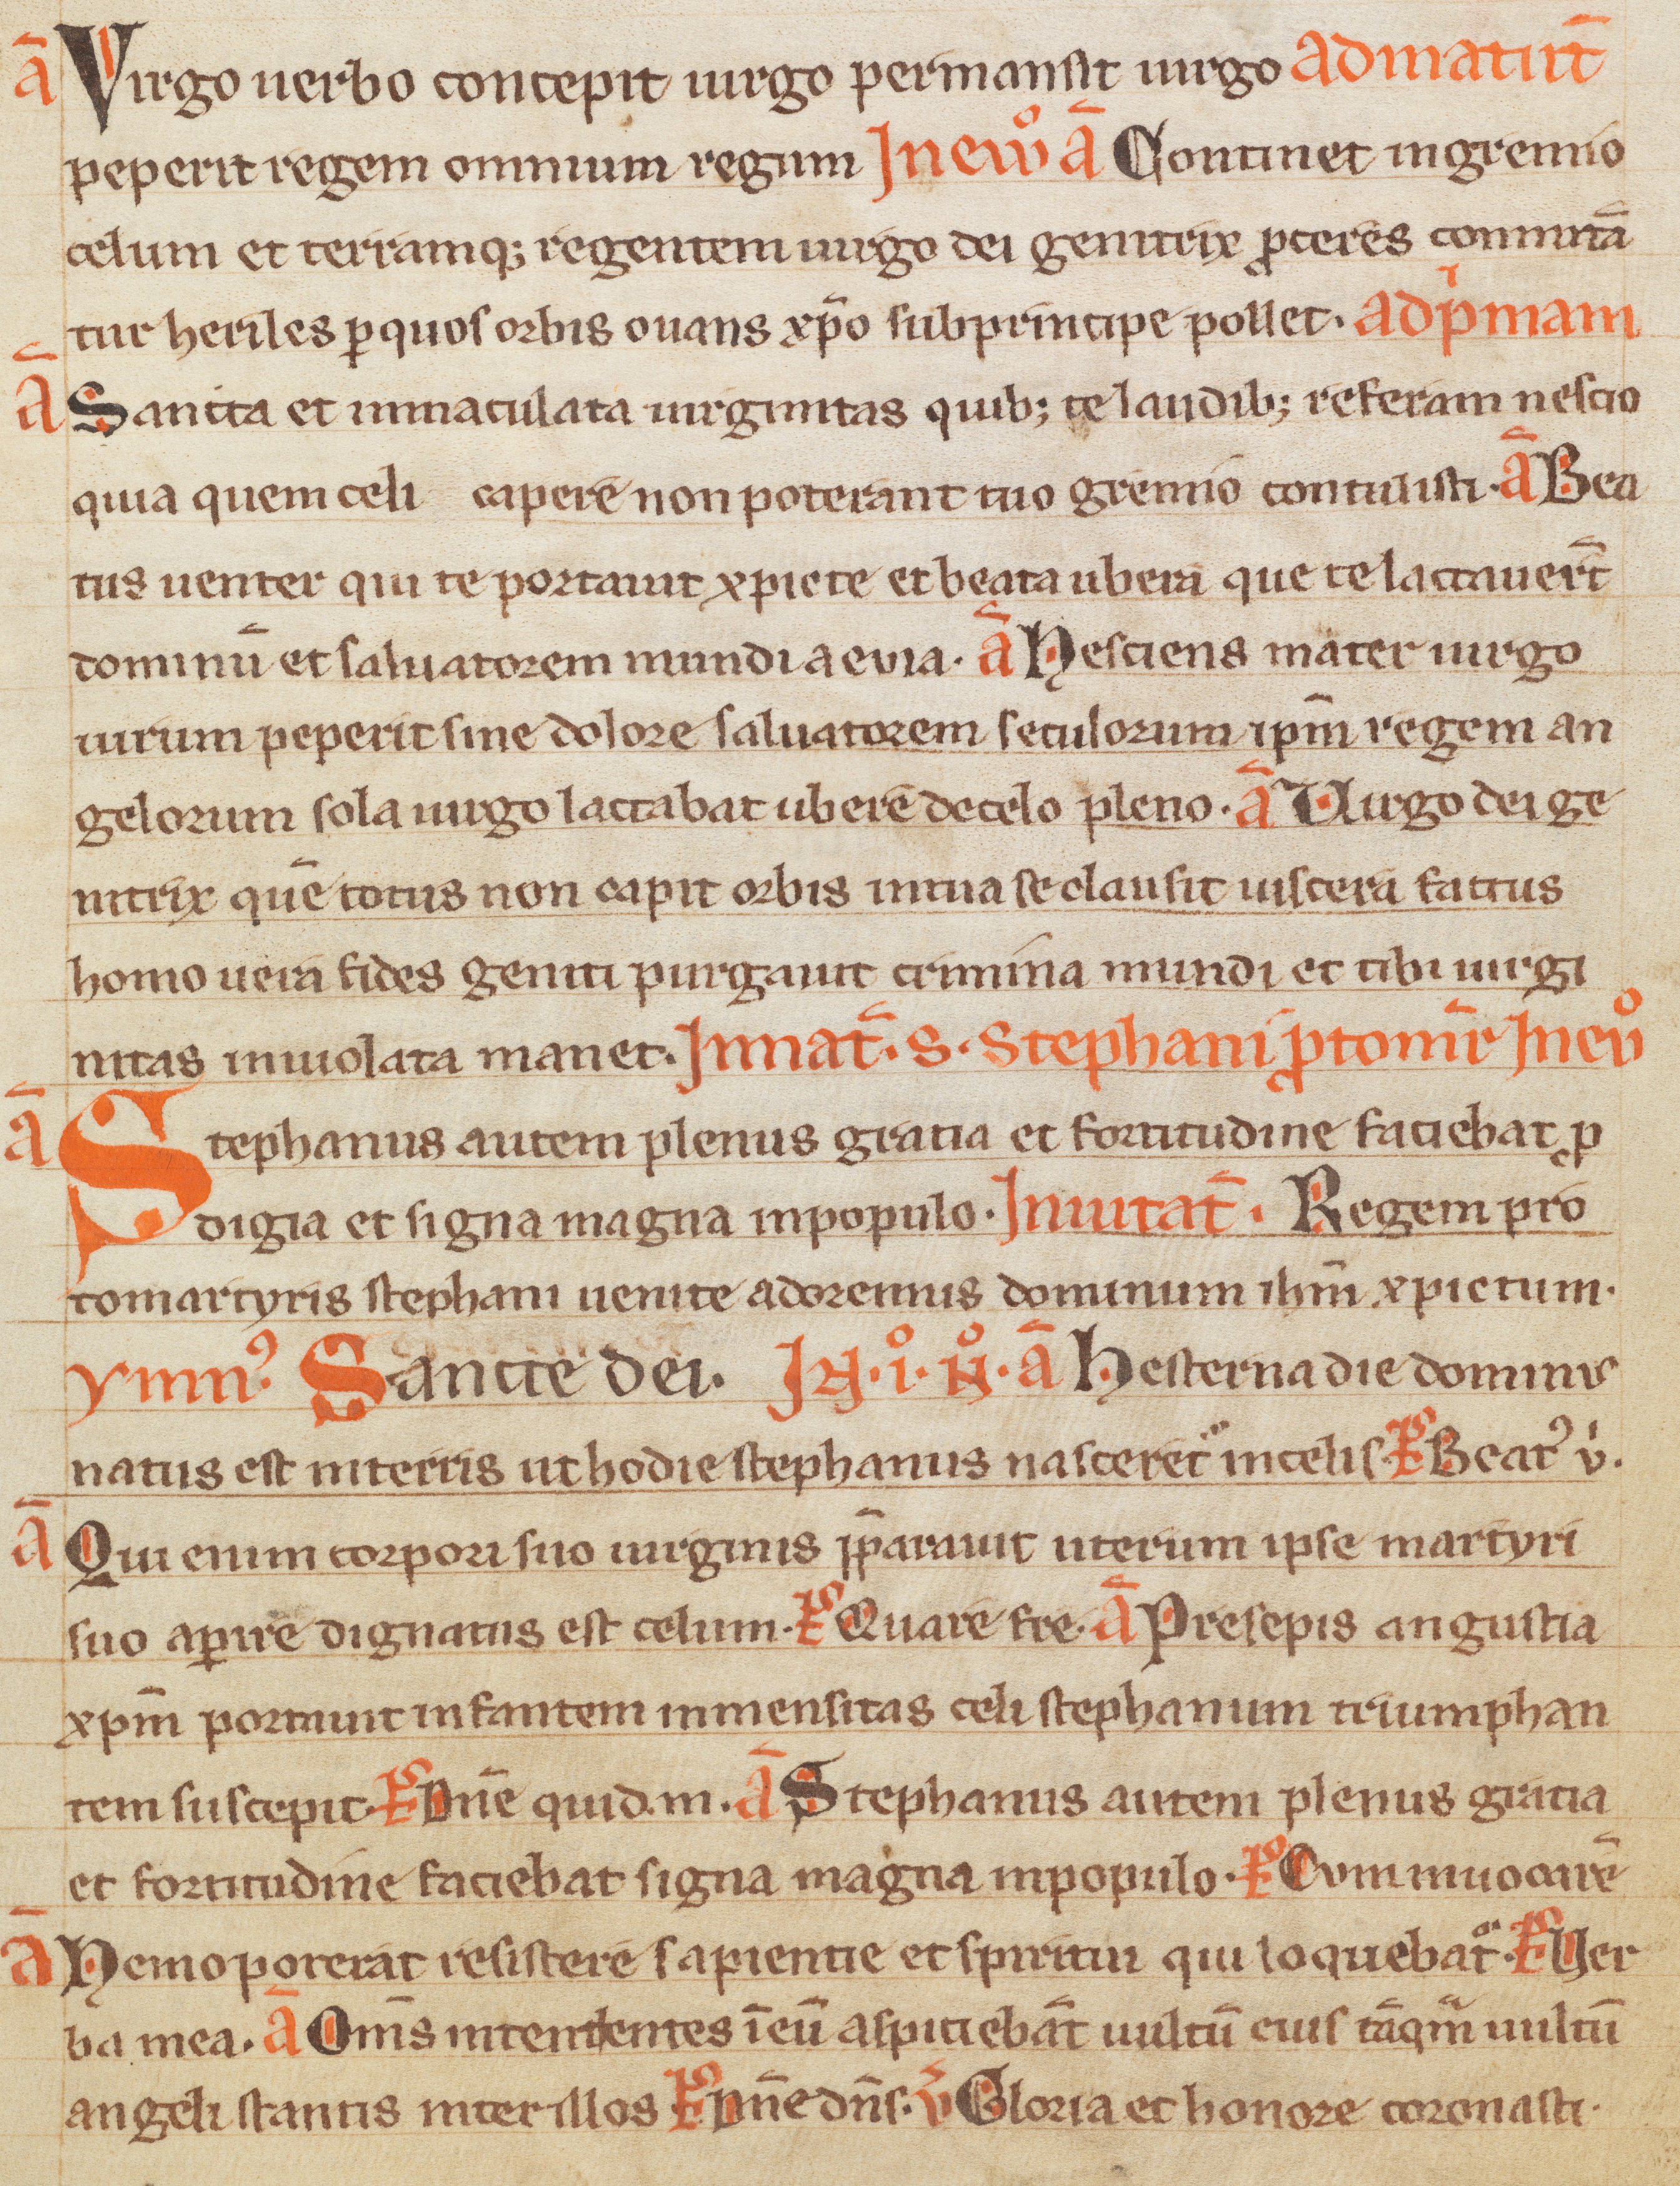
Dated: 1300–1399